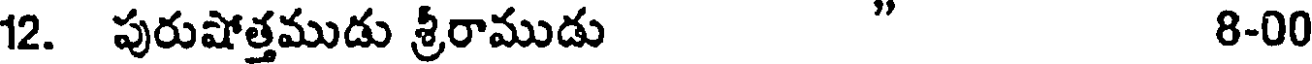
12. పురుషోత్తముడు శ్రీరాముడు " 8-00